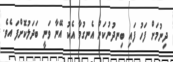
ދިނުމަށް ފަހު ފައި ބިނދުނުކަން އެނގުމާ އެކު އޭނާ ވަނީ ބަދަލުކޮށްފަ އެވެ.